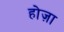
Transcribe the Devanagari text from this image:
होज़ा